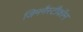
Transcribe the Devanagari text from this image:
जिमनैस्टीकॉन